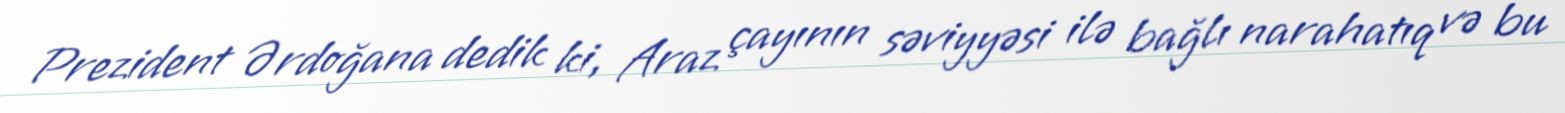
Prezident Ərdoğana dedik ki, Araz çayının səviyyəsi ilə bağlı narahatıq və bu